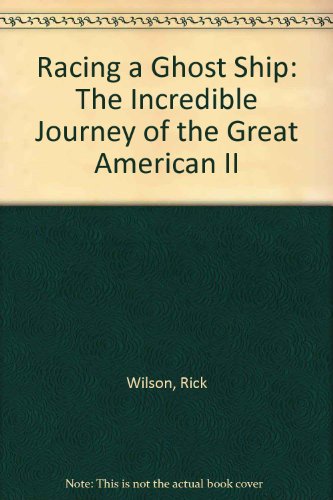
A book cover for Racing a Ghost Ship: The Incredible Journey of the Great American II; Rick Wilson; Children's Books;